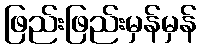
ဖြည်းဖြည်းမှန်မှန်